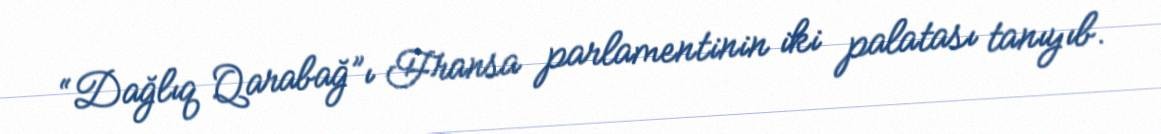
“Dağlıq Qarabağ”ı Fransa parlamentinin iki palatası tanıyıb.